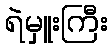
ရဲမှူးကြီး